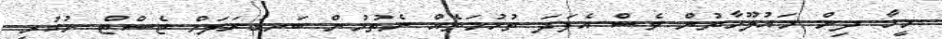
މީހާ ދިން މައުލޫމާތުން ވެސް އެފަދަ ތުހުމަތެއް ނެތުމުން ބަނގުރަލަށް ޓެސްޓް ނުކުރީ